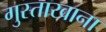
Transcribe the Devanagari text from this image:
गुस्ताखाना